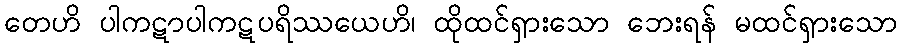
တေဟိ ပါကဋာပါကဋပရိဿယေဟိ၊ ထိုထင်ရှားသော ဘေးရန် မထင်ရှားသော